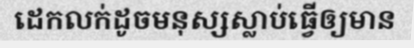
ដេកលក់ដូចមនុស្សស្លាប់ធ្វើឲ្យមាន